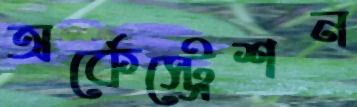
অর্কেস্ট্রেশন